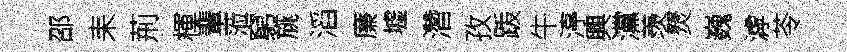
邵耒荊楎輩蒞窮旐滔廉墟濳孜䟦牛渟興灙羡燹巍滹苓